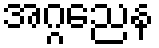
အဂ္ဂညေန